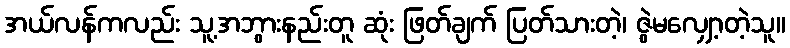
အယ်လန်ကလည်း သူ့အဘွားနည်းတူ ဆုံး ဖြတ်ချက် ပြတ်သားတဲ့၊ ဇွဲမလျှော့တဲ့သူ။